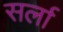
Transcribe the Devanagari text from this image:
सर्ला